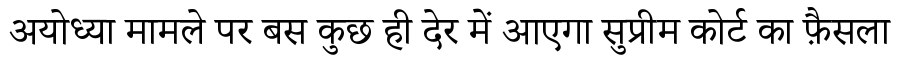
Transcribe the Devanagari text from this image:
अयोध्या मामले पर बस कुछ ही देर में आएगा सुप्रीम कोर्ट का फ़ैसला